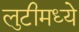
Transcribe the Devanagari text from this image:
लुटीमध्ये